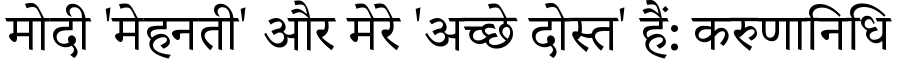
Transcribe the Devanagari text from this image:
मोदी 'मेहनती' और मेरे 'अच्छे दोस्त' हैं: करुणानिधि